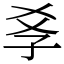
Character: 𡥈